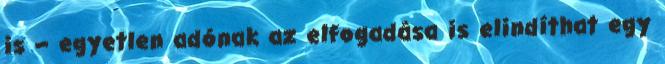
is – egyetlen adónak az elfogadása is elindíthat egy